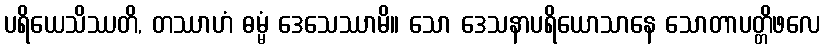
ပရိယေသိဿတိ, တဿာဟံ ဓမ္မံ ဒေသေဿာမိ။ သော ဒေသနာပရိယောသာနေ သောတာပတ္တိဖလေ